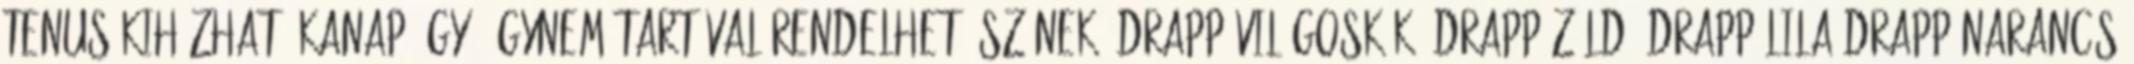
Tenus kihúzható kanapéágy, ágyneműtartóval Rendelhető színek: drapp-világoskék, drapp-zöld, drapp-lila,drapp-narancs